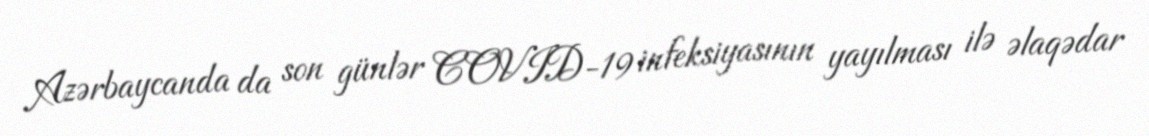
Azərbaycanda da son günlər COVID-19 infeksiyasının yayılması ilə əlaqədar